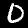
Digit: 0